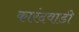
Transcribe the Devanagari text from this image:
कारंदवाडी